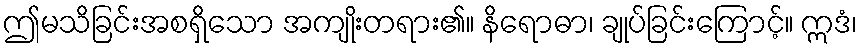
ဤမသိခြင်းအစရှိသော အကျိုးတရား၏။ နိရောဓာ၊ ချုပ်ခြင်းကြောင့်။ ဣဒံ၊